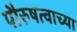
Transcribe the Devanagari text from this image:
पौरुषत्वाच्या